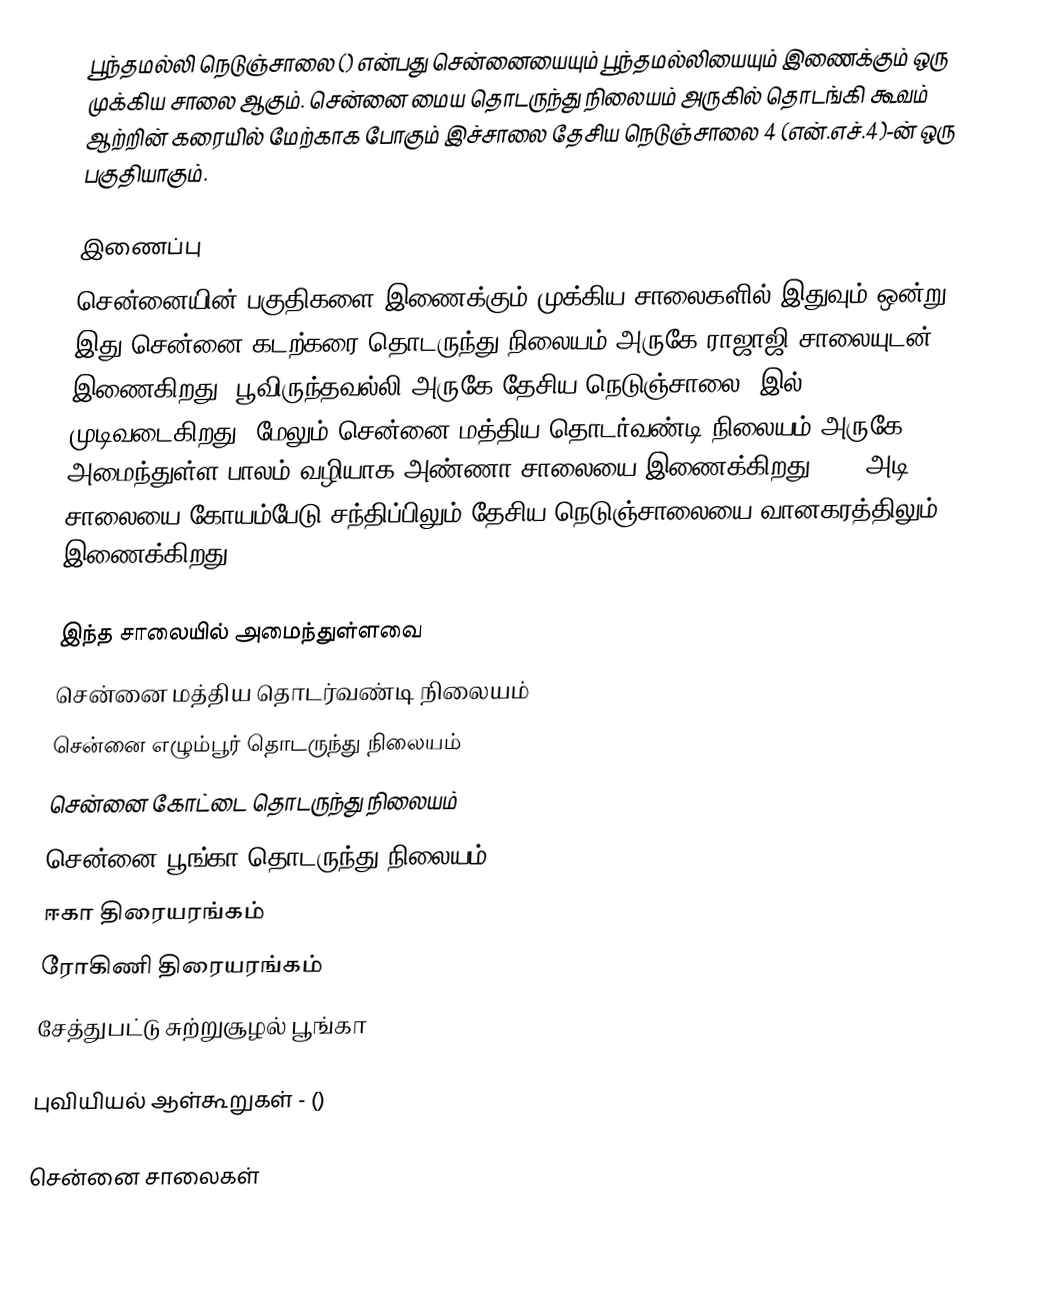
பூந்தமல்லி நெடுஞ்சாலை () என்பது சென்னையையும் பூந்தமல்லியையும் இணைக்கும் ஒரு முக்கிய சாலை ஆகும். சென்னை மைய தொடருந்து நிலையம் அருகில் தொடங்கி கூவம் ஆற்றின் கரையில் மேற்காக போகும் இச்சாலை தேசிய நெடுஞ்சாலை 4 (என்.எச்.4)-ன் ஒரு பகுதியாகும்.

இணைப்பு
சென்னையின் பகுதிகளை இணைக்கும் முக்கிய சாலைகளில் இதுவும் ஒன்று. இது சென்னை கடற்கரை தொடருந்து நிலையம் அருகே ராஜாஜி சாலையுடன் இணைகிறது. பூவிருந்தவல்லி அருகே தேசிய நெடுஞ்சாலை 4இல் முடிவடைகிறது. மேலும் சென்னை மத்திய தொடர்வண்டி நிலையம் அருகே அமைந்துள்ள பாலம் வழியாக அண்ணா சாலையை இணைக்கிறது. 100 அடி சாலையை கோயம்பேடு சந்திப்பிலும் தேசிய நெடுஞ்சாலையை வானகரத்திலும் இணைக்கிறது.

இந்த சாலையில் அமைந்துள்ளவை
 சென்னை மத்திய தொடர்வண்டி நிலையம்
 சென்னை எழும்பூர் தொடருந்து நிலையம்
 சென்னை கோட்டை தொடருந்து நிலையம்
 சென்னை பூங்கா தொடருந்து நிலையம்
 ஈகா திரையரங்கம்
 ரோகிணி திரையரங்கம்
 சேத்துபட்டு சுற்றுசூழல் பூங்கா

 புவியியல் ஆள்கூறுகள் - ()

சென்னை சாலைகள்